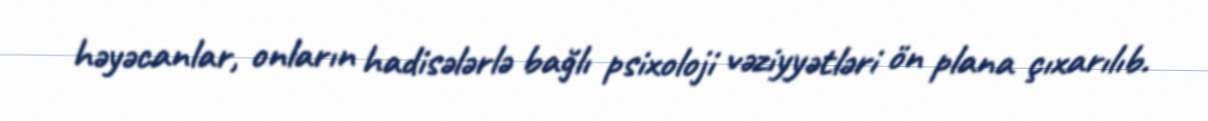
həyəcanlar, onların hadisələrlə bağlı psixoloji vəziyyətləri ön plana çıxarılıb.